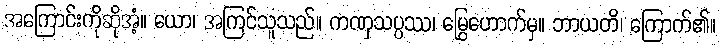
အကြောင်းကိုဆိုအံ့။ ယော၊ အကြင်သူသည်။ ကဏှသပ္ပဿ၊ မြွေဟောက်မှ။ ဘာယတိ၊ ကြောက်၏။